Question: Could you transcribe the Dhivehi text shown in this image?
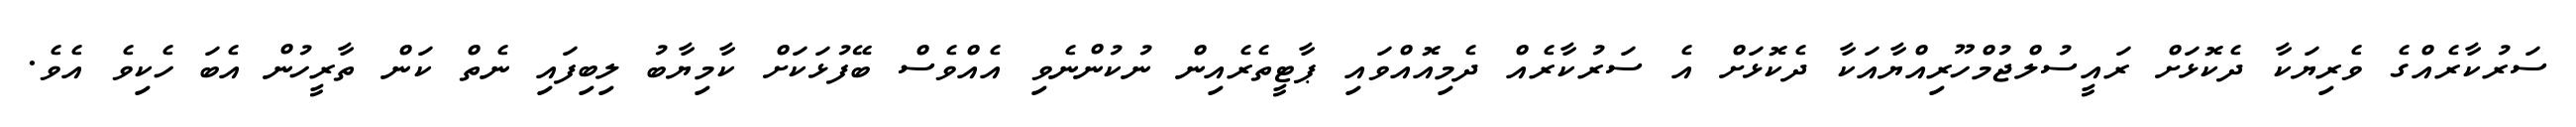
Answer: ސަރުކާރެއްގެ ވެރިޔަކާ ދެކޮޅަށް ރައީސުލްޖުމްހޫރިއްޔާއަކާ ދެކޮޅަށް އެ ސަރުކާރެއް ދެމިއޮއްވައި ޕާޓީތެރެއިން ނުކުންނެވި އެއްވެސް ބޭފުޅަކަށް ކާމިޔާބު ލިބިފައި ނެތް ކަން ތާރީހުން އެބަ ހެކިވެ އެވެ.